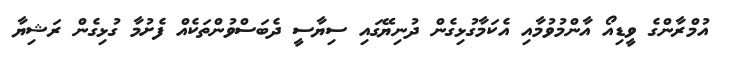
އުމްރާންގެ ވީޑިއޯ އާންމުވުމާއި އެކަމާގުޅިގެން ދުނިޔޭގައި ސިޔާސީ ދެބަސްވުންތަކެއް ފެށުމާ ގުޅިގެން ރަޝިޔާ